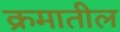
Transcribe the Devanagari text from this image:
क्रमातील